Plague in India, 1896, 1897 - Volume 2
Year: 1896
Disease focus: Plague
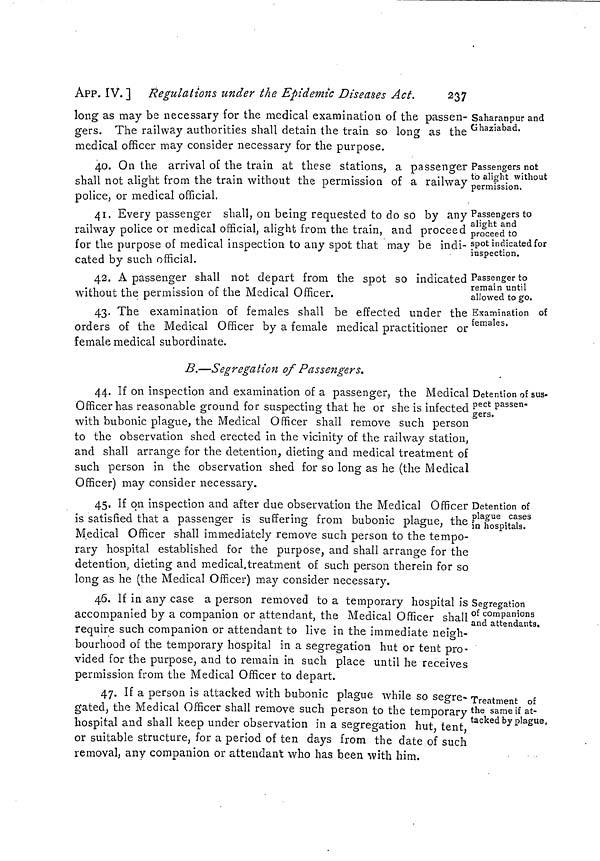
237
APP. IV. ] Regulations under the Epidemic Diseases Act.
Saharanpur and
Ghaziabad.
long as may be necessary for the medical examination of the passen-
gers. The railway authorities shall detain the train so long as the
medical officer may consider necessary for the purpose.
Passengers not
to alight without
permission.
40. On the arrival of the train at these stations, a passenger
shall not alight from the train without the permission of a railway
police, or medical official.
Passengers to
alight and
proceed to
spot indicated for
inspection.
41. Every passenger shall, on being requested to do so by any
railway police or medical official, alight from the train, and proceed
for the purpose of medical inspection to any spot that may be indi-
cated by such official.
Passenger to
remain until
allowed to go.
42. A passenger shall not depart from the spot so indicatec
without the permission of the Medical Officer.
Examination of
females.
43. The examination of females shall be effected under the
orders of the Medical Officer by a female medical practitioner or
female medical subordinate.
B.—Segregation of Passengers.
Detention of sus-
pect passen-
gers.
44. If on inspection and examination of a passenger, the Medical
Officer has reasonable ground for suspecting that he or she is infected
with bubonic plague, the Medical Officer shall remove such person
to the observation shed erected in the vicinity of the railway station,
and shall arrange for the detention, dieting and medical treatment of
such person in the observation shed for so long as he (the Medical
Officer) may consider necessary.
Detention of
plague cases
in hospitals.
45. If on inspection and after due observation the Medical Officer !
is satisfied that a passenger is suffering from bubonic plague, the ]
Medical Officer shall immediately remove such person to the tempo-
rary hospital established for the purpose, and shall arrange for the
detention, dieting and medical.treatment of such person therein for so
long as he (the Medical Officer) may consider necessary.
Segregation
of companions
and attendants.
46. If in any case a person removed to a temporary hospital is
accompanied by a companion or attendant, the Medical Officer shall
require such companion or attendant to live in the immediate neigh-
bourhood of the temporary hospital in a segregation hut or tent pro-
vided for the purpose, and to remain in such place until he receives
permission from the Medical Officer to depart.
Treatment of
the same if at-
tacked by plague,
47. If a person is attacked with bubonic plague while so segre-
gated, the Medical Officer shall remove such person to the temporary
hospital and shall keep under observation in a segregation hut tent
or suitable structure, for a period of ten days from the date of such
removal, any companion or attendant who has been with him.